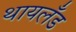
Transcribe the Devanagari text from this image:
थायलँड